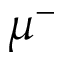
\mu ^ { - }